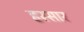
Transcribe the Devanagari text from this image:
हस्सार